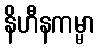
နိဟီနကမ္မာ